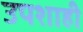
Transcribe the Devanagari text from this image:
उपशाही